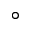
^ \circ